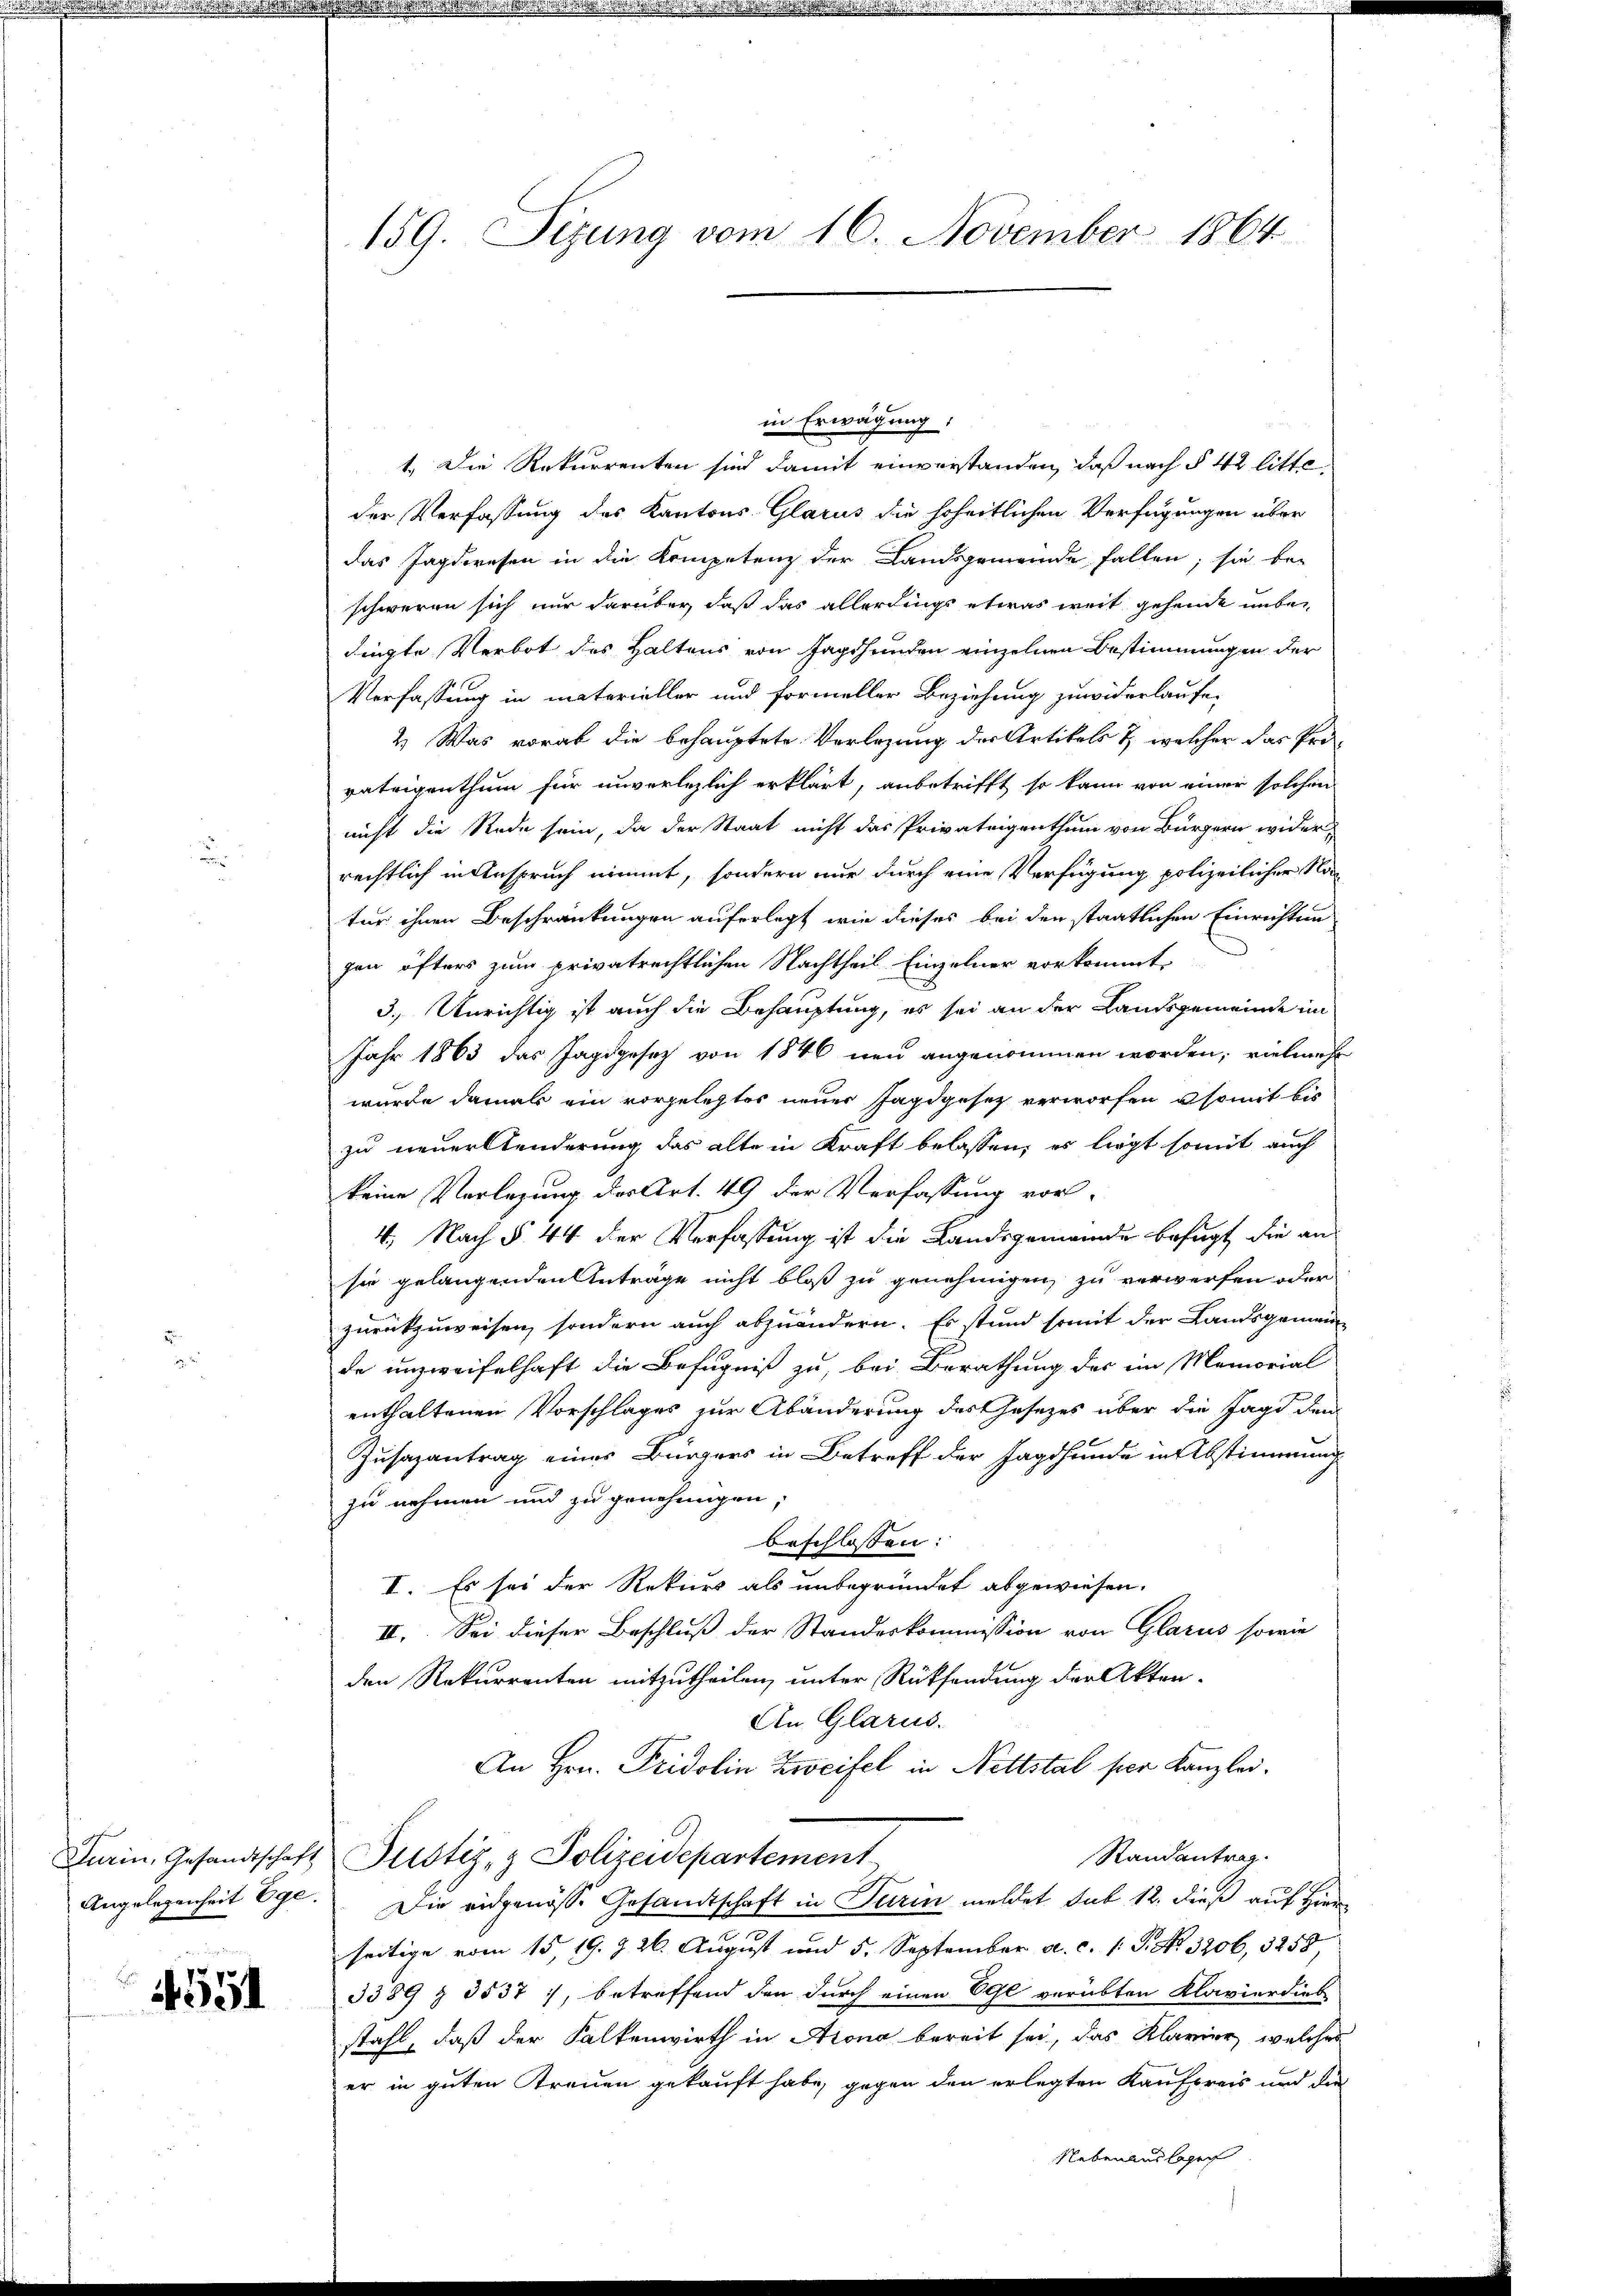
4551

159. Sizung vom 16. November 1864

in Erwägung:
1.) Die Rekurrenten sind damit einverstanden, daß nach § 42 litte
der Verfassung des Kantons Glarus die hoheitlichen Verfügungen über
das Jagdwesen in die Kompetenz der Landsgemeinde fallen; sie bei
schweren sich nur darüber, daß das allerdings etwas weit gehende unbedingte Verbot des Haltens von Jagshunden einzelnen Bestimmungen der
Verfassung in materieller und formeller Beziehung zuwiderlaufe,
2.) Was vorab die behauptete Verlegung der Artikels & welcher das Pro-
vateigenthum für unverlezlich erklärt, anbetrifft, so kann von einer solchen
nicht die Rede sein, da der Staat nicht das Privateigenthum von Bürgern wider
rechtlich in Anspruch nimmt, sondern nur durch eine Verfügung polizeilicher Natür ihnen Beschränkungen auferlegt wie dieses bei den staatlichen Einrichtun
gen öfters zum privatrechtlichen Nachtheil Einzelner vorkommt,
3. Unrichtig ist auch die Behauptung, es sei an der Landsgemeinde im
Jahr 1863 das Jagdgesetz von 1846 neu angenommen worden, vielmehr
wurde damals ein vorgelegtes neuer Jagdgesetz verworfen, somit bis
zu neuerstenderung das alte in Kraft belassen, es liegt somit auch
keine Verlegung des Art. 49 der Verfassung vor-
4. Nach § 44 der Verfassung ist die Landsgemeinde befugt, die an
sie gelangenden Anträge nicht bloß zu genehmigen, zu verwerfen oder
zurückzuweisen, sondern auch abzuändern. Es stund somit der Landsgemein-
de unzweifelhaft die Befugniß zu, bei Berathung des im Memorial
enthaltenen Vorschlages zur Abänderung des Gesetzes über die Jagd dem
Zusazantrag einer Bürgers in Betreff der Jagdhunde in Abstimmung
zu nehmen und zu genehmigen;
beschlossen:
II. Es sei der Rekurs als unbegründet abgewiesen.
II. Sei dieser Beschluß der Standeskommission von Glarus sowie
den Rekurrenten mitzutheilen, unter Rücksendung der Akten-
An Glarus.
An Hrn. Fridolin Zweifel in Nettstal ser Kanzlei.
Randantrag.
Darin, Gesandtschaft Justiz- & Polizeidepartement
Angelegenheit Ege. Die eidgenösse Gesandtschaft in Turin meldet sub 12. dieß auf Hir
seitige vom 15. 19. 9. 26. August und 5. September a. c. 1 S. Nr. 3206, 3258,
3389 § 3537), betreffend den durch einen Egl verübten Klavier dies
stahl, daß der Kalkenwirth in Arona bereit sei, das Klavier, welches
er in guten Treuen gekauft habe, gegen den erlegten Kaufpreis und die
Nebenauslage